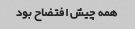
همه چیش افتضاح بود